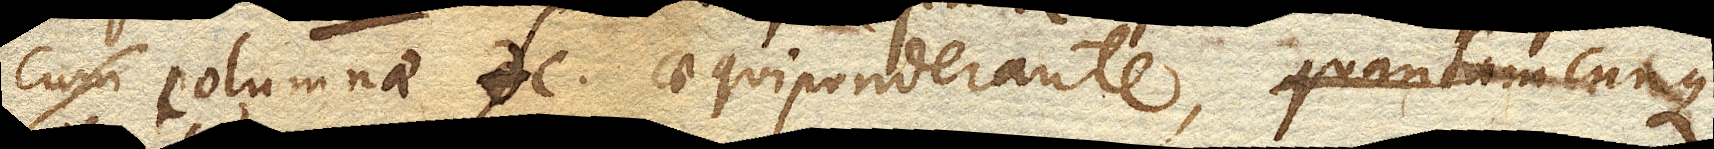
columnae fc. aequiponderante, quantamcunque